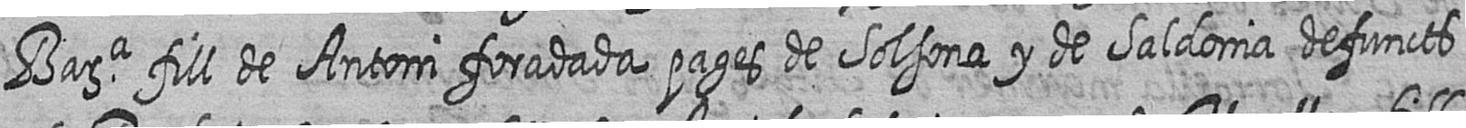
Bara fill de Antoni foradada pages de Solsona y de Saldonia defuncts